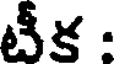
టీక :